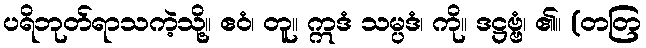
ပရိဘုတ်ရာသကဲ့သို့။ ဧဝံ၊ တူ။ ဣဒံ သမ္ပဒံ၊ ကို။ ဒဋ္ဌဗ္ဗံ၊ ၏။ (တတြ